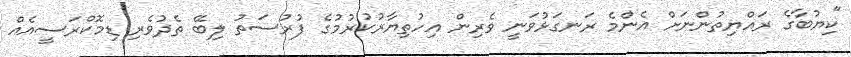
"ކިޔުބާގެ ރައްޔިތުންނަށް އެންމެ ރަނގަޅުވަނީ ވެރިން އިހުތިޔާރުކުރުމުގެ ފުރުސަތު ލިބޭ ތެދުވެރި ޑިމޮކްރަސީއެއް